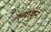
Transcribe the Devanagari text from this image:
ल्यांकन